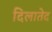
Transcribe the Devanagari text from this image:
दिलातेद